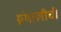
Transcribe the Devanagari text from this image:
ग्रंथालीची